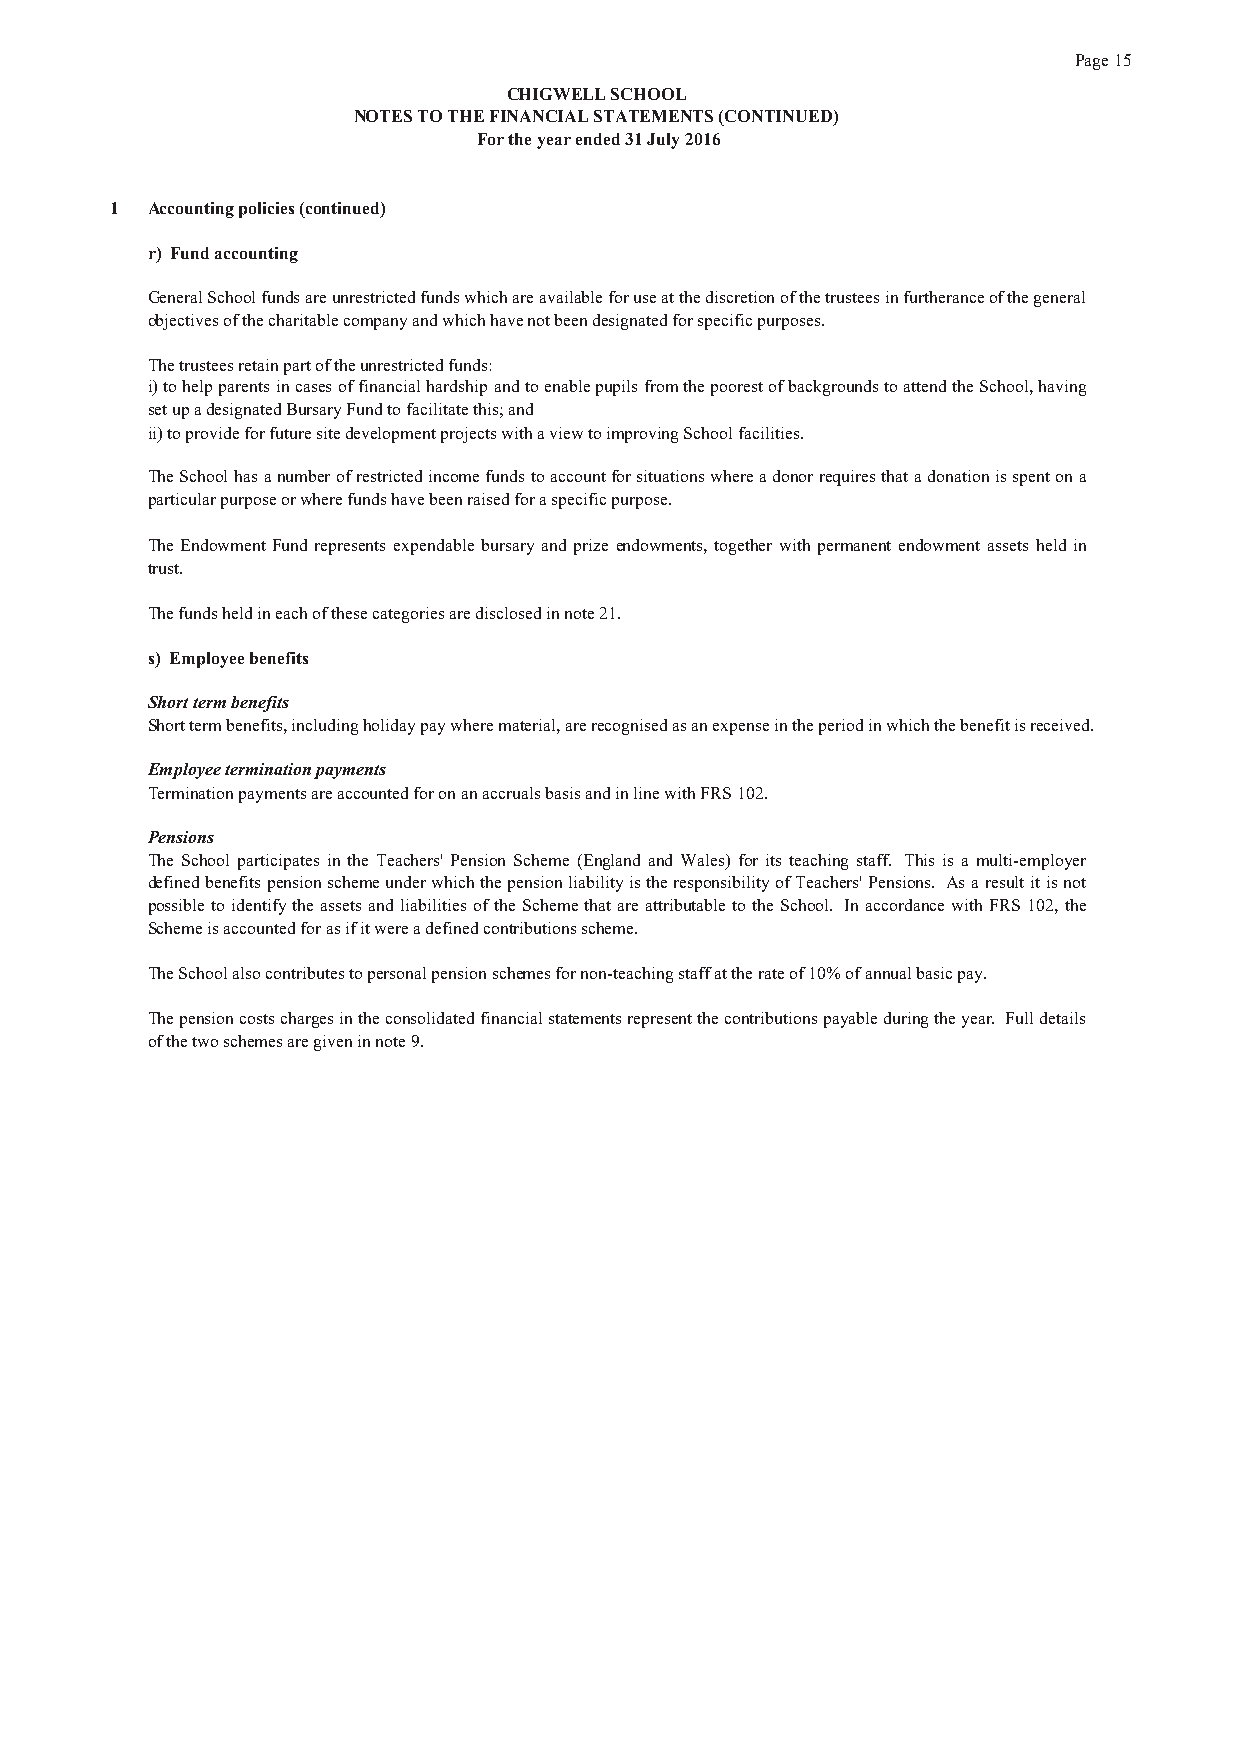
Page 15
 CHIGWELL SCHOOL
 NOTES TO THE FINANCIAL STATEMENTS (CONTINUED)
 For the year ended 31 July 2016
 1  Accounting policies (continued)
 r) Fund accounting
 GeneralSchoolfundsareunrestrictedfundswhichareavailableforuseatthediscretionofthetrusteesinfurtheranceofthegeneral
 objectives of the charitable company and which have not been designated for specific purposes.
 The trustees retain part of the unrestricted funds:
 i)tohelpparentsincasesoffinancialhardshipandtoenablepupilsfromthepoorestofbackgroundstoattendtheSchool,having
 set up a designated Bursary Fund to facilitate this; and
 ii) to provide for future site development projects with a view to improving School facilities.
 TheSchoolhasanumberofrestrictedincomefundstoaccountforsituationswhereadonorrequiresthatadonationisspentona
 particular purpose or where funds have been raised for a specific purpose.
 The Endowment Fund represents expendable bursary and prize endowments, together with permanent endowment assets held in
 trust.
 The funds held in each of these categories are disclosed in note 21.
 s) Employee benefits
 Short term benefits
 Short term benefits, including holiday pay where material, are recognised as an expense in the period in which the benefit is received.
 Employee termination payments
 Termination payments are accounted for on an accruals basis and in line with FRS 102.
 Pensions
 The School participates in the Teachers' Pension Scheme (England and Wales) for its teaching staff. This is a multi-employer
 definedbenefitspensionschemeunderwhichthepensionliabilityistheresponsibilityofTeachers'Pensions. Asaresultitisnot
 possibletoidentifytheassets andliabilities of theSchemethat areattributable totheSchool. InaccordancewithFRS102,the
 Scheme is accounted for as if it were a defined contributions scheme.
 The School also contributes to personal pension schemes for non-teaching staff at the rate of 10% of annual basic pay.
 Thepensioncostschargesintheconsolidatedfinancialstatementsrepresentthecontributionspayableduringtheyear. Fulldetails
 of the two schemes are given in note 9.